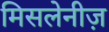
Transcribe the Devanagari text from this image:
मिसलेनीज़